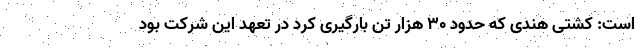
است: کشتی هندی که حدود ۳۰ هزار تن بارگیری کرد در تعهد این شرکت بود